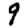
Digit: 9